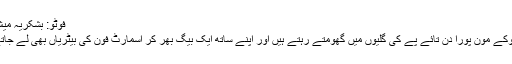
فوٹو: بشکریہ میش ایبل
انکل پوکے مون پورا دن تائے پے کی گلیوں میں گھومتے رہتے ہیں اور اپنے ساتھ ایک بیگ بھر کر اسمارٹ فون کی بیٹریاں بھی لے جاتے ہیں